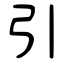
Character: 引